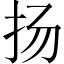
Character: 扬